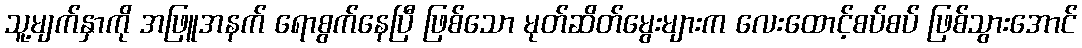
သူ့မျက်နှာကို အဖြူအနက် ရောစွက်နေပြီ ဖြစ်သော မုတ်ဆိတ်မွေးများက လေးထောင့်စပ်စပ် ဖြစ်သွားအောင်